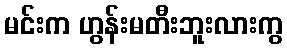
မင်းက ဟွန်းမတီးဘူးလားကွ